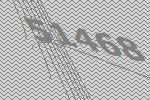
51468